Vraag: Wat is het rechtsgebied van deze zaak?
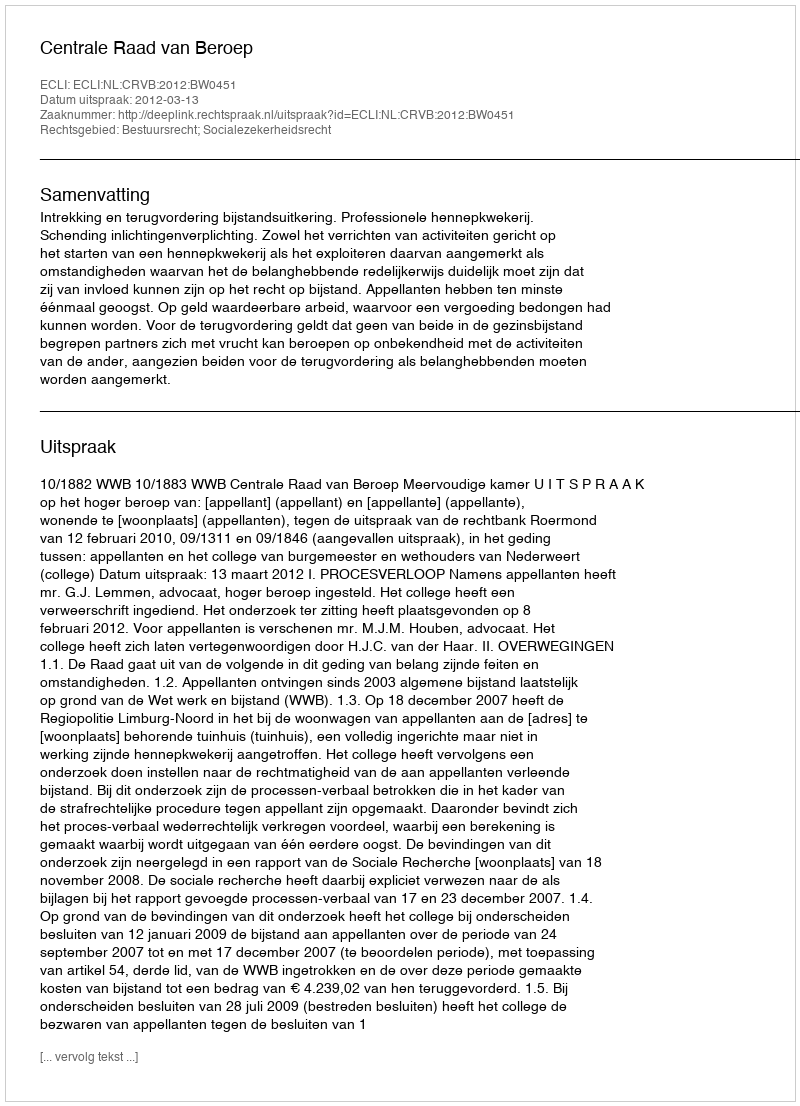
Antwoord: Bestuursrecht; Socialezekerheidsrecht